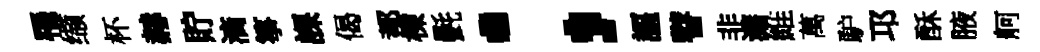
罹缬杯赫貯滴箏課偈都棟㲲；謳瞽非瀟維萬馿邛酥腋舸